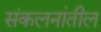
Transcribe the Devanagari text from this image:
संकलनांतील